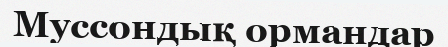
Муссондық ормандар